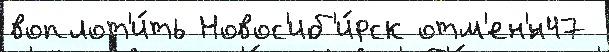
воплот'и́ть Новос'иб'и́рск отм'ен'́н47